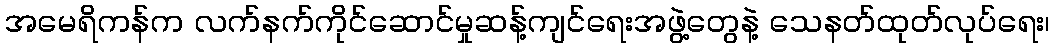
အမေရိကန်က လက်နက်ကိုင်ဆောင်မှုဆန့်ကျင်ရေးအဖွဲ့တွေနဲ့ သေနတ်ထုတ်လုပ်ရေး၊